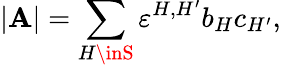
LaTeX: |\mathbf{A}|=\sum_{H\inS}\varepsilon^{H,H^{\prime}}b_{H}c_{H^{\prime}},